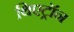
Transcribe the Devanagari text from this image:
थिएट्रॉन